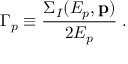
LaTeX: \Gamma _ { p } \equiv { \frac { \Sigma _ { I } ( E _ { p } , { \bf p } ) } { 2 E _ { p } } } \; .